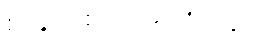
စာရွက်စာတမ်းများတွင်